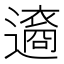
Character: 𨘆